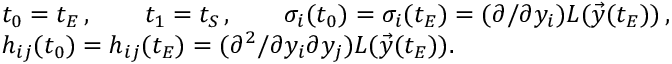
\begin{array} { r l } & { t _ { 0 } = t _ { E } \, , \qquad t _ { 1 } = t _ { S } \, , \qquad \sigma _ { i } ( t _ { 0 } ) = \sigma _ { i } ( t _ { E } ) = ( \partial / \partial y _ { i } ) L ( \vec { y } ( t _ { E } ) ) \, , } \\ & { h _ { i j } ( t _ { 0 } ) = h _ { i j } ( t _ { E } ) = ( \partial ^ { 2 } / \partial y _ { i } \partial y _ { j } ) L ( \vec { y } ( t _ { E } ) ) . } \end{array}